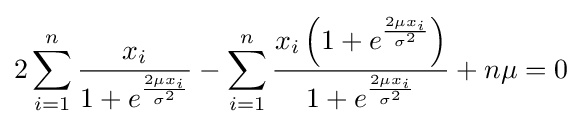
2\sum _{i=1}^{n}{\frac {x_{i}}{1+e^{\frac {2\mu x_{i}}{\sigma ^{2}}}}}-\sum _{i=1}^{n}{\frac {x_{i}\left(1+e^{\frac {2\mu x_{i}}{\sigma ^{2}}}\right)}{1+e^{\frac {2\mu x_{i}}{\sigma ^{2}}}}}+n\mu =0